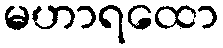
မဟာရထော